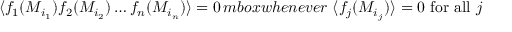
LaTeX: \langle f _ { 1 } ( M _ { i _ { 1 } } ) f _ { 2 } ( M _ { i _ { 2 } } ) \ldots f _ { n } ( M _ { i _ { n } } ) \rangle = 0 \, m b o x { w h e n e v e r } \ \langle f _ { j } ( M _ { i _ { j } } ) \rangle = 0 \ \mathrm { f o r ~ a l l } \ j